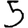
Digit: 5